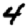
Digit: 4